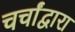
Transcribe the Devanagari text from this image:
चर्चांद्वारा